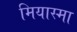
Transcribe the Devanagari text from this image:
मियास्मा